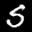
Label: 5